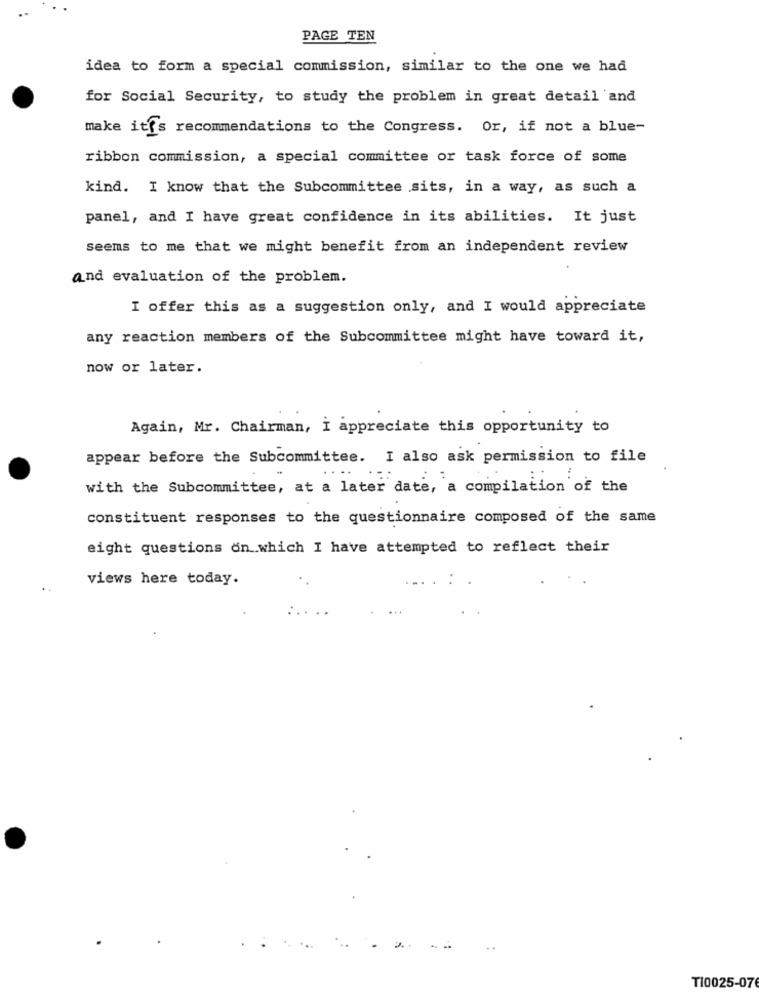
PAGE TEN
idea to form a special commission, similar to the one we had
for Social Security, to study the problem in great detail and
make it's recommendations to the Congress. Or, if not a blue-
ribbon commission, a special committee or task force of some
kind. I know that the Subcommittee sits, in a way, as such a
panel, and I have great confidence in its abilities. It just
seems to me that we might benefit from an independent review
and evaluation of the problem.
I offer this as a suggestion only, and I would appreciate
any reaction members of the Subcommittee might have toward it,
now or later.
Again, Mr. Chairman, I appreciate this opportunity to
appear before the Subcommittee. I also ask permission to file
with the Subcommittee, at a later date, a compilation of the
constituent responses to the questionnaire composed of the same
eight questions on .which I have attempted to reflect their
views here today.
TI0025-07